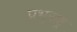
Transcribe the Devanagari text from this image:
प्रभुराष्ट्र